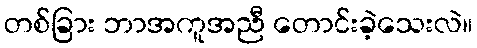
တစ်ခြား ဘာအကူအညီ တောင်းခဲ့သေးလဲ။